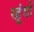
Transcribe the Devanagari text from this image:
खूंदों